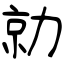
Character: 勍